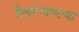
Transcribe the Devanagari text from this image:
तैलरंगातल्या